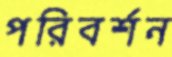
পরিবর্শন